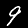
Label: 9